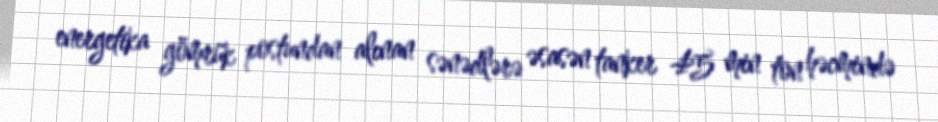
energetika gömrük postundan alınan sənədlərə əsasən tanker 45 min ton həcmində